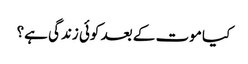
﻿ کیا موت کے بعد کوئی زندگی ہے؟